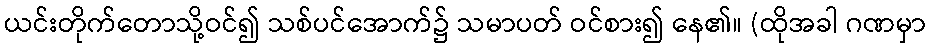
ယင်းတိုက်တောသို့ဝင်၍ သစ်ပင်အောက်၌ သမာပတ် ဝင်စား၍ နေ၏။ (ထိုအခါ ဂဏမှာ